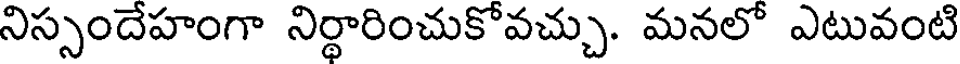
నిస్సందేహంగా నిర్థారించుకోవచ్చు. మనలో ఎటువంటి